Report on sanitation, dispensaries, and jails in Rajputana for 1915, and on vaccination for the year 1915-1916 - 1915-1916
Year: 1915
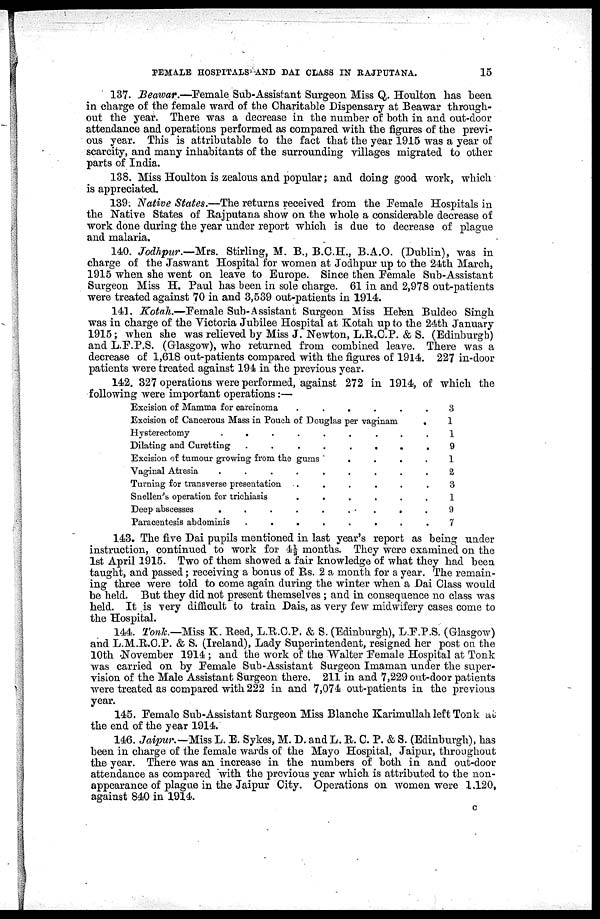
FEMALE HOSPITALS AND DAI CLASS IN RAJPUTANA.
15
137. Beawar.—Female Sub-Assistant Surgeon Miss Q. Houlton has been
in charge of the female ward of the Charitable Dispensary at Beawar through-
out the year. There was a decrease in the number of both in and out-door
attendance and operations performed as compared with the figures of the previ-
ous year. This is attributable to the fact that the year 1915 was a year of
scarcity, and many inhabitants of the surrounding villages migrated to other
parts of India.
138. Miss Houlton is zealous and popular; and doing good work, which
is appreciated.
139. Native States.—The returns received from the Female Hospitals in
the Native States of Rajputana show on the whole a considerable decrease of
work done during the year under report which is due to decrease of plague
and malaria.
140. Jodhpur.—Mrs. Stirling, M. B., B.C.H., B.A.O. (Dublin), was in
charge of the Jaswant Hospital for women at Jodhpur up to the 24th March,
1915 when she went on leave to Europe. Since then Female Sub-Assistant
Surgeon Miss H. Paul has been in sole charge. 61 in and 2,978 out-patients
were treated against 70 in and 3,539 out-patients in 1914.
141. Kotah.—Female Sub-Assistant Surgeon Miss Helen Buldeo Singh
was in charge of the Victoria Jubilee Hospital at Kotah up to the 24th January
1915; when she was relieved by Miss J. Newton, L.R.C.P. & S. (Edinburgh)
and L.F.P.S. (Glasgow), who returned from combined leave. There was a
decrease of 1,618 out-patients compared with the figures of 1914. 227 in-door
patients were treated against 194 in the previous year.
142. 327 operations were performed, against 272 in 1914, of which the
following were important operations:—
Excision of Mamma for carcinoma .
.
.
.
.
.
Excision of Cancerous Mass in Pouch of Douglas per vaginam
.
Hysterectomy
.
.
.
.
.
.
.
.
.
Dilating and Curetting
.
.
.
.
.
.
.
.
Excision of tumour growing from the gums
.
.
.
.
Vaginal Atresia
.
.
.
.
.
.
.
.
.
Turning for transverse presentation
.
.
.
.
.
.
Snellen's operation for trichiasis
.
.
.
.
.
.
Deep abscesses
.
.
.
.
. . .
.
.
Paracentesis abdominis
.
.
.
.
.
.
.
.
3
1
1
9
1
2
3
1
9
7
143. The five Dai pupils mentioned in last year's report as being under
instruction, continued to work for 4½ months. They were examined on the
1st April 1915. Two of them showed a fair knowledge of what they had been
taught, and passed; receiving a bonus of Rs. 2 a month for a year. The remain-
ing three were told to come again during the winter when a Dai Class would
be held. But they did not present themselves ; and in consequence no class was
held. It is very difficult to train Dais, as very few midwifery cases come to
the Hospital.
144. Tonk.—Miss K. Reed, L.R.C.P. & S. (Edinburgh), L.F.P.S. (Glasgow)
and L.M.R.C.P. & S. (Ireland), Lady Superintendent, resigned her post on the
10th .November 1914 ; and the work of the Walter Female Hospital at Tonk
was carried on by Female Sub-Assistant Surgeon Imaman under the super-
vision of the Male Assistant Surgeon there. 211 in and 7,229 out-door patients
were treated as compared with 222 in and 7,074 out-patients in the previous
year.
145. Female Sub-Assistant Surgeon Miss Blanche Karimullah left Tonk at
the end of the year 1914.
146. Jaipur.—Miss L. E. Sykes, M. D. and L. R. C. P. & S. (Edinburgh), has
been in charge of the female wards of the Mayo Hospital, Jaipur, throughout
the year. There was an increase in the numbers of both in and out-door
attendance as compared with the previous year which is attributed to the non-
appearance of plague in the Jaipur City. Operations on women were 1.120,
against 840 in 1914.
C